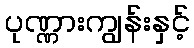
ပုဏ္ဏားကျွန်းနှင့်